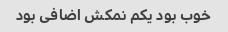
خوب بود یکم نمکش اضافی بود